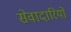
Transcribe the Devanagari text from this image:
सेवादारियों